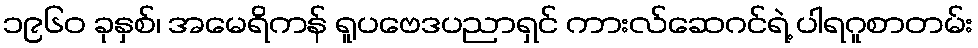
၁၉၆၀ ခုနှစ်၊ အမေရိကန် ရူပဗေဒပညာရှင် ကားလ်ဆေဂင်ရဲ့ ပါရဂူစာတမ်း